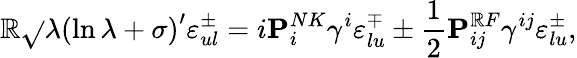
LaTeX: \mathbb{R}\sqrt{}{{\lambda}}\left(\ln{\lambda}+\sigma\right)^{\prime}\varepsilon_{ul}^{\pm}=i{\mathbf{P}}_{i}^{NK}\gamma^{i}\varepsilon_{lu}^{\mp}\pm{\frac{{1}}{{2}}}{\mathbf{P}}_{ij}^{\mathbb{R}F}\gamma^{ij}\varepsilon_{lu}^{\pm},